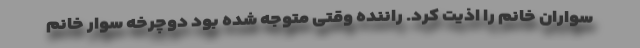
سواران خانم را اذیت کرد. راننده وقتی متوجه شده بود دوچرخه سوار خانم